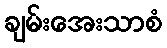
ချမ်းအေးသာစံ